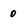
Character: 0